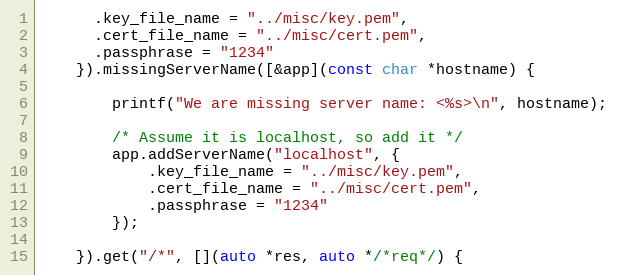
Language: C++
	  .key_file_name = "../misc/key.pem",
	  .cert_file_name = "../misc/cert.pem",
	  .passphrase = "1234"
	}).missingServerName([&app](const char *hostname) {

		printf("We are missing server name: <%s>\n", hostname);

		/* Assume it is localhost, so add it */
		app.addServerName("localhost", {
			.key_file_name = "../misc/key.pem",
			.cert_file_name = "../misc/cert.pem",
			.passphrase = "1234"
		});

	}).get("/*", [](auto *res, auto */*req*/) {